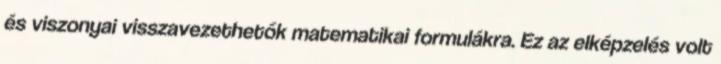
és viszonyai visszavezethetők matematikai formulákra. Ez az elképzelés volt